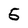
Character: 5